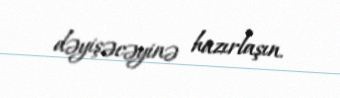
dəyişəcəyinə hazırlaşın.